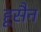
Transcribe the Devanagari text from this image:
हूसैन